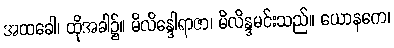
အထခေါ၊ ထိုအခါ၌။ မိလိန္ဒေါရာဇာ၊ မိလိန္ဒမင်းသည်။ ယောနကေ၊